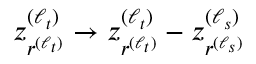
z _ { r ^ { ( \ell _ { t } ) } } ^ { ( \ell _ { t } ) } \to z _ { r ^ { ( \ell _ { t } ) } } ^ { ( \ell _ { t } ) } - z _ { r ^ { ( \ell _ { s } ) } } ^ { ( \ell _ { s } ) }